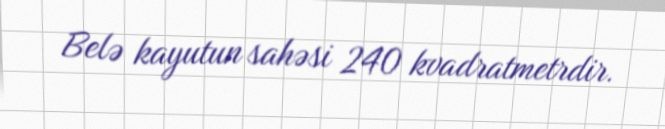
Belə kayutun sahəsi 240 kvadratmetrdir.